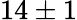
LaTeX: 14\pm 1